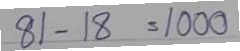
81 - 18 = 1000